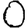
Digit: 0